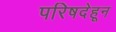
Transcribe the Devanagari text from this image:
परिषदेहून